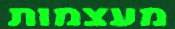
מעצמות